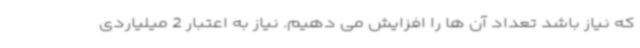
که نیاز باشد تعداد آن ها را افزایش می دهیم. نیاز به اعتبار 2 میلیاردی